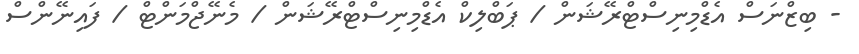
- ބިޒްނަސް އެޑްމިނިސްޓްރޭޝަން / ޕަބްލިކް އެޑްމިނިސްޓްރޭޝަން / މެނޭޖްމަންޓް / ފައިނޭންސް